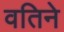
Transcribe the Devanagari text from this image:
वतिने